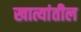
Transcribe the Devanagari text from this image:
खात्यांतील